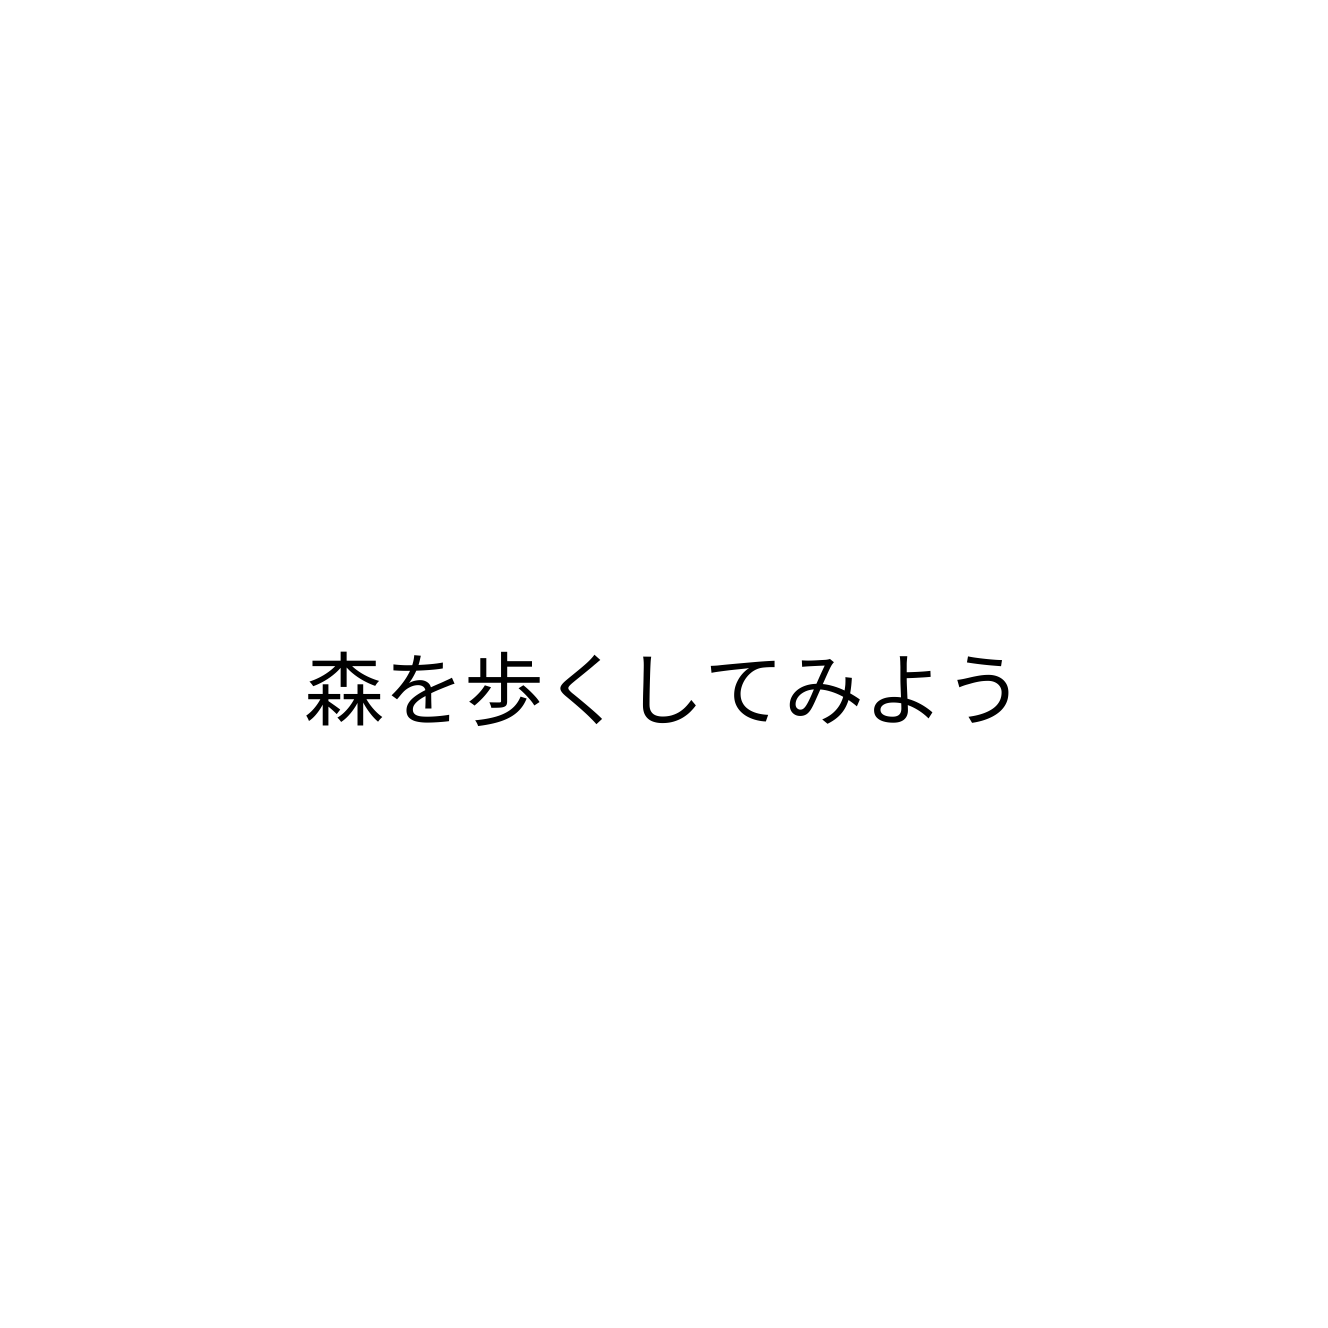
森を歩くしてみよう